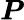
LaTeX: \boldsymbol{P}